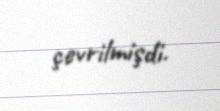
çevrilmişdi.